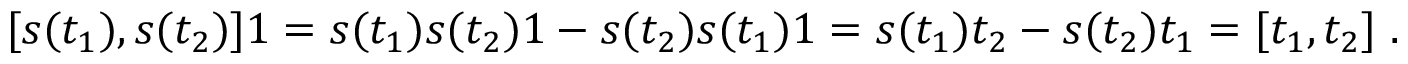
[ s ( t _ { 1 } ) , s ( t _ { 2 } ) ] 1 = s ( t _ { 1 } ) s ( t _ { 2 } ) 1 - s ( t _ { 2 } ) s ( t _ { 1 } ) 1 = s ( t _ { 1 } ) t _ { 2 } - s ( t _ { 2 } ) t _ { 1 } = [ t _ { 1 } , t _ { 2 } ] \; .